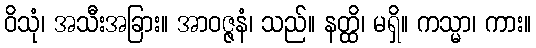
ဝိသုံ၊ အသီးအခြား။ အာဝဇ္ဇနံ၊ သည်။ နတ္ထိ၊ မရှိ။ ကသ္မာ၊ ကား။